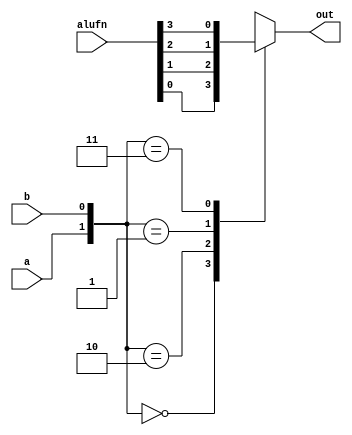
/*
   This file was generated automatically by Alchitry Labs version 1.2.1.
   Do not edit this file directly. Instead edit the original Lucid source.
   This is a temporary file and any changes made to it will be destroyed.
*/

module boolean_28 (
    input a,
    input b,
    input [3:0] alufn,
    output reg out
  );
  
  
  
  always @* begin
    out = 2'h0;
    
    case ({a, b})
      2'h0: begin
        out = alufn[0+0-:1];
      end
      2'h2: begin
        out = alufn[1+0-:1];
      end
      2'h1: begin
        out = alufn[2+0-:1];
      end
      2'h3: begin
        out = alufn[3+0-:1];
      end
    endcase
  end
endmodule